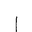
Letter: _alif